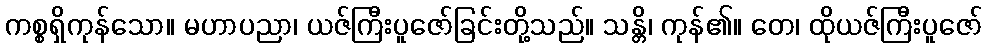
ကစ္စရှိကုန်သော။ မဟာပညာ၊ ယဇ်ကြီးပူဇော်ခြင်းတို့သည်။ သန္တိ၊ ကုန်၏။ တေ၊ ထိုယဇ်ကြီးပူဇော်